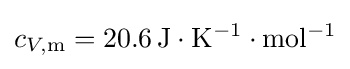
c_{V,\mathrm {m} }=\mathrm {20.6\,J\cdot K^{-1}\cdot mol^{-1}}